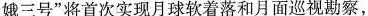
娥三号”将首次实现月球软着落和月面巡视勘察，